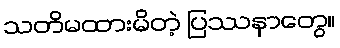
သတိမထားမိတဲ့ ပြဿနာတွေ။